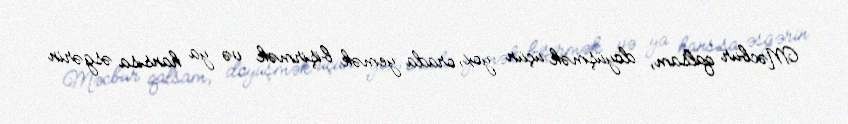
Məcbur qalsam, döyüşmək üçün yox, orada yemək bişirmək və ya hansısa əsgərin